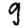
Digit: 9